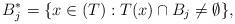
LaTeX: \begin{align*}B_j^*=\{x\in (T):T(x)\cap B_j\neq \emptyset\},\end{align*}